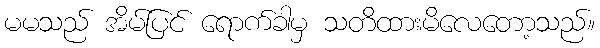
မမသည် အိမ်ပြင် ရောက်ခါမှ သတိထားမိလေတော့သည်။